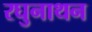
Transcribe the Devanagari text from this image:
रघुनाथन